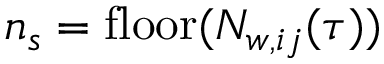
n _ { s } = \mathrm { f l o o r } ( N _ { w , i j } ( \tau ) )